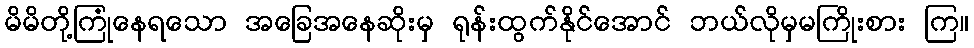
မိမိတို့ကြုံနေရသော အခြေအနေဆိုးမှ ရုန်းထွက်နိုင်အောင် ဘယ်လိုမှမကြိုးစား ကြ။